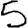
Digit: 5